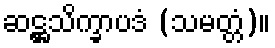
ဆဋ္ဌသိက္ခာပဒံ (သမတ္တံ)။